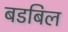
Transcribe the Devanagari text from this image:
बडबिल